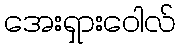
အေးရှားဝေါလ်